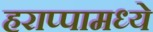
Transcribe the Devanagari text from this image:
हराप्पामध्ये